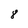
Character: 8